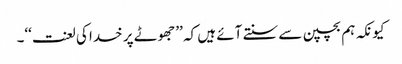
کیونکہ ہم بچپن سے سنتے آئے ہیں کہ ’’جھوٹے پر خدا کی لعنت‘‘۔